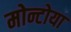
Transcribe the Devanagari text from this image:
मोन्टोया